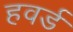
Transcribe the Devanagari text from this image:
हवर्ड